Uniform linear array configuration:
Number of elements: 8
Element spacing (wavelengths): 0.25
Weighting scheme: hamming
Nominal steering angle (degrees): -15
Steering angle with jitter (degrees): -16.53
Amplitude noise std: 0.05
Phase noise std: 0.05

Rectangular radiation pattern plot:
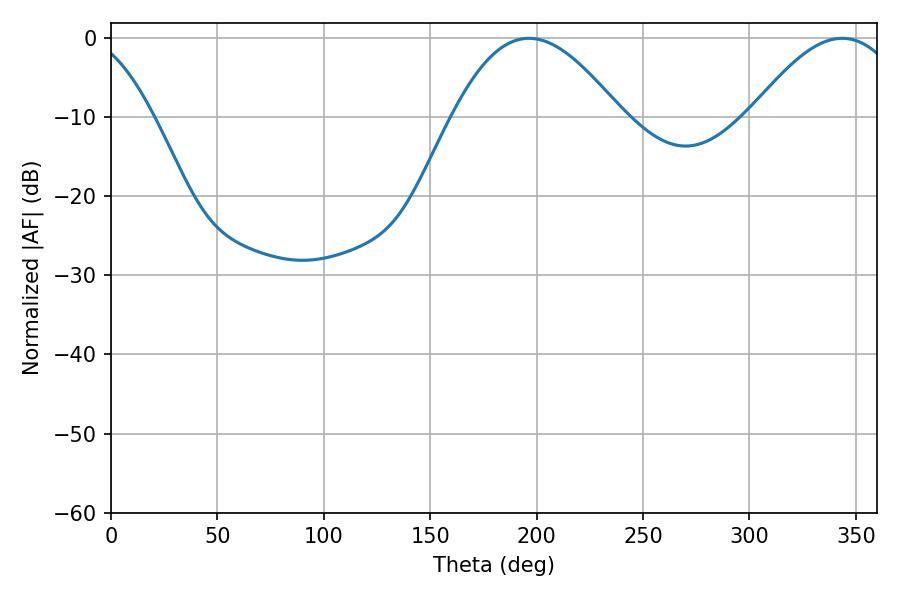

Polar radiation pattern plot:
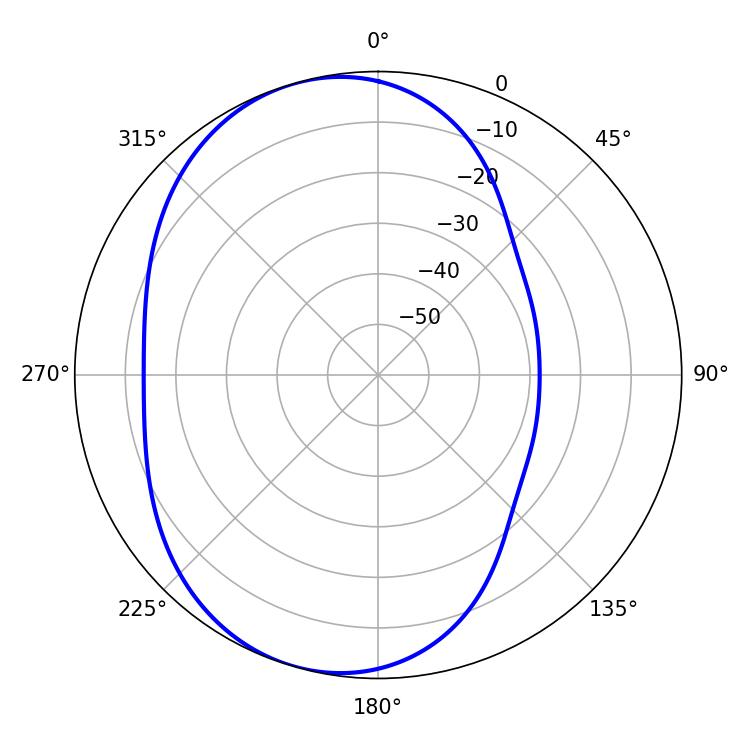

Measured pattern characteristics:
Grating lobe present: FALSE
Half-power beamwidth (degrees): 43.02
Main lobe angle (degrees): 196.38